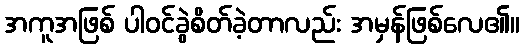
အကူအဖြစ် ပါဝင်ခွဲစိတ်ခဲ့တာလည်း အမှန်ဖြစ်လေ၏။